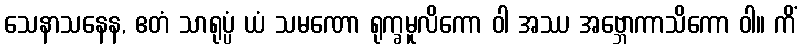
သေနာသနေန, ဧတံ သာရုပ္ပံ ယံ သမဏော ရုက္ခမူလိကော ဝါ အဿ အဗ္ဘောကာသိကော ဝါ။ ကိံ